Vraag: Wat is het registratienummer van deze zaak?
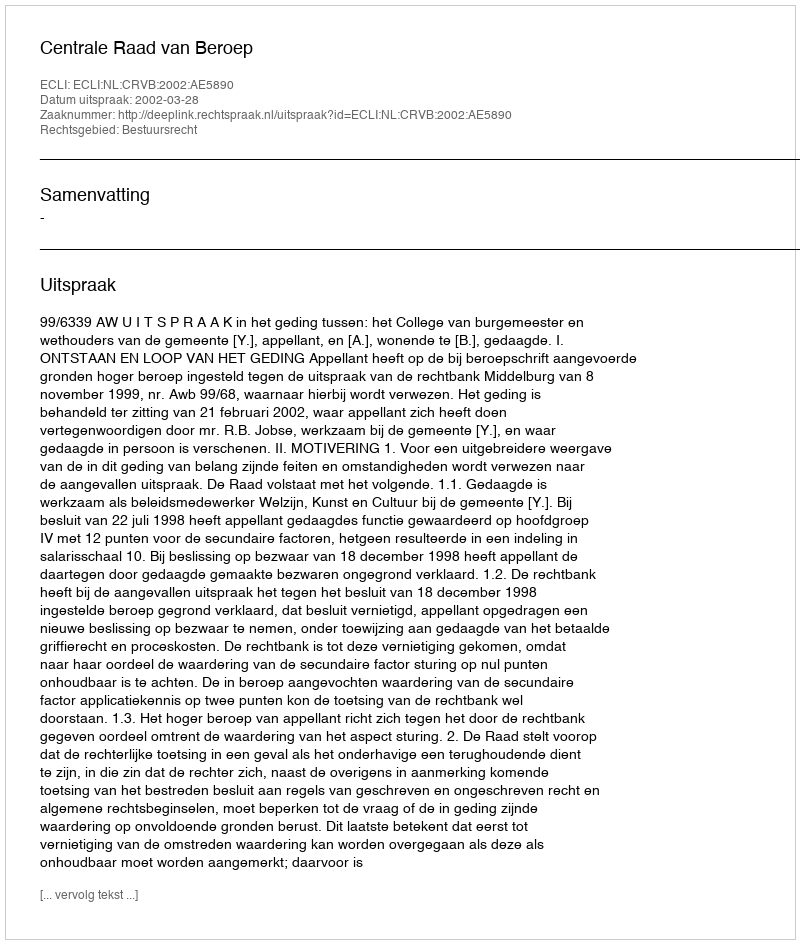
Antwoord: http://deeplink.rechtspraak.nl/uitspraak?id=ECLI:NL:CRVB:2002:AE5890